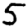
Digit: 5